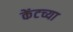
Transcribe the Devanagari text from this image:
केंटच्या